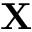
\mathbf { X }